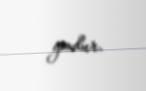
yoxdur.